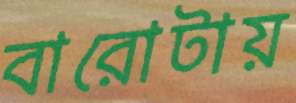
বারোটায়